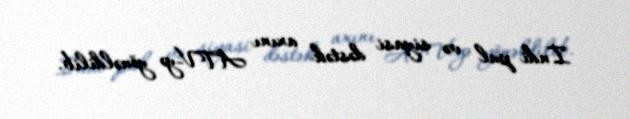
İndi pul və siyasi dəstək axını ATV-yə yönəldilib.